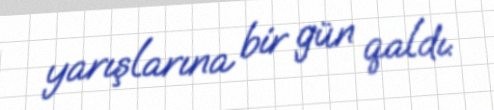
yarışlarına bir gün qaldı.